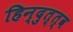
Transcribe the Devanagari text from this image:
हिन्दुत्त्व